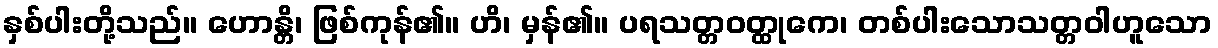
နှစ်ပါးတို့သည်။ ဟောန္တိ၊ ဖြစ်ကုန်၏။ ဟိ၊ မှန်၏။ ပရသတ္တဝတ္ထုကေ၊ တစ်ပါးသောသတ္တဝါဟူသော